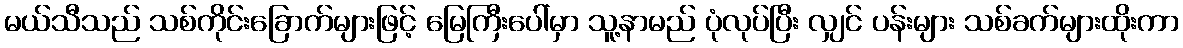
မယ်သီသည် သစ်ကိုင်းခြောက်များဖြင့် မြေကြီးပေါ်မှာ သူ့နာမည် ပုံလုပ်ပြီး လျှင် ပန်းများ သစ်ခက်များထိုးကာ